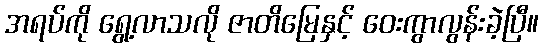
အရပ်ကို ရွေ့လာသလို ဇာတိမြေနှင့် ဝေးကွာလွန်းခဲ့ပြီ။